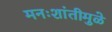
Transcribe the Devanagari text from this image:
मनःशांतीमुळे